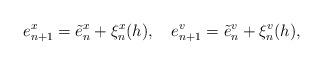
LaTeX: \begin{align*}e^{x}_{n+1}=\tilde{e}^{x}_{n}+\xi^{x}_{n}(h),\ \ \ e^{v}_{n+1}=\tilde{e}^{v}_{n}+\xi^{v}_{n}(h),\end{align*}